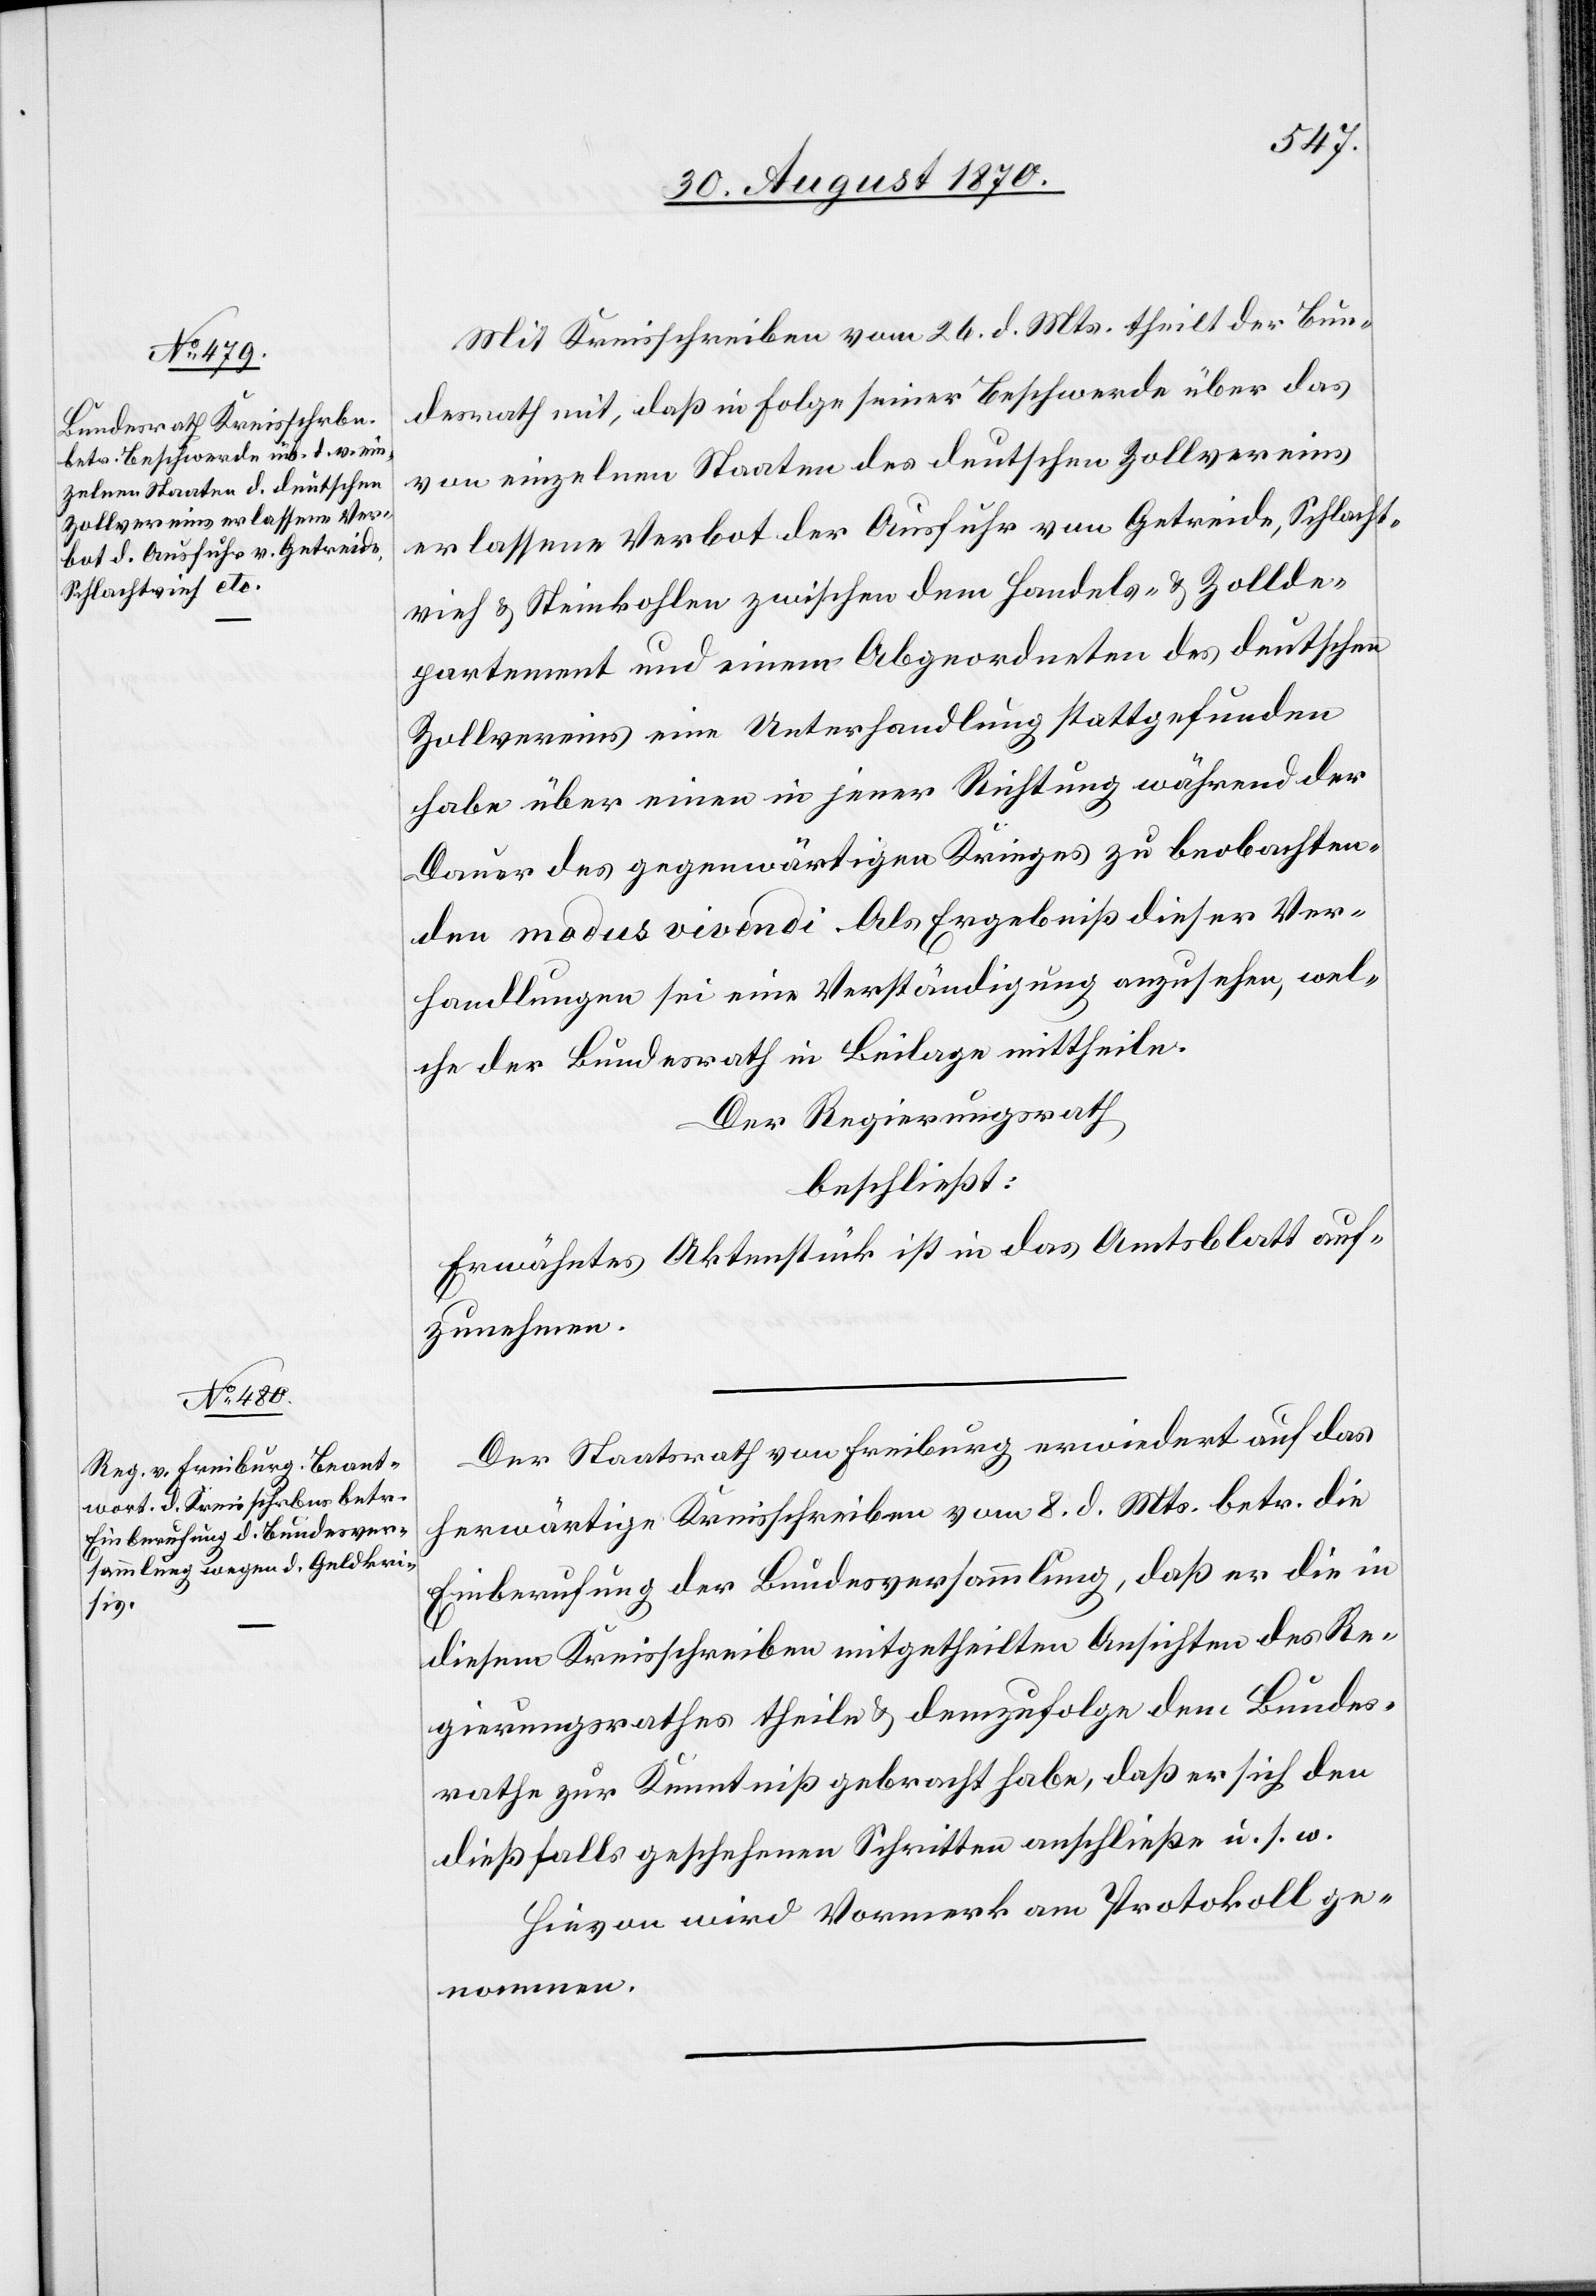
Mit Kreisschreiben vom 26. d. Mts. theilt der Bun¬
desrath mit, daß in Folge seiner Beschwerde über das
von einzelnen Staaten des deutschen Zollvereins
erlassene Verbot der Ausfuhr von Getreide, Schlacht¬
vieh & Steinkohlen zwischen dem Handels- & Zollde¬
partement und einem Abgeordneten des deutschen
Zollvereins eine Unterhandlung stattgefunden
habe über einen in jener Richtung während der
Deuter des gegenwärtigen Krieges zu beobachten¬
den modus vivendi. Als Ergebniß dieser Ver¬
handlungen sei eine Verständigung anzusehen, wel¬
che der Bundesrath in Beilage mittheile.
Der Regierungsrath
beschließt:
Erwähntes Aktenstück ist in das Amtsblatt auf¬
zunehmen.
Der Staatsrath von Freiburg erwiedert auf das
herwärtige Kreisschreiben vom 8. d. Mts. betr. die
Einberufung der Bundesversammlung, daß er die in
diesem Kreisschreiben mitgetheilten Ansichten des Re¬
gierungsrathes theile & demzufolge dem Bundes¬
rathe zur Kenntniß gebracht habe, daß er sich den
dießfalls geschehenen Schritten anschließe u. s. w.
Hievon wird Vormerk am Protokoll ge¬
nommen.